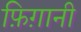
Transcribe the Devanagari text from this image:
फ़िग़ानी